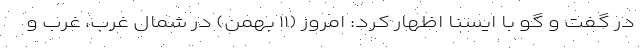
در گفت و گو با ایسنا اظهار کرد: امروز (۱۱ بهمن) در شمال غرب، غرب و